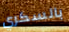
بالسكري